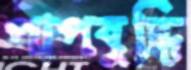
পাপবুদ্ধি